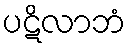
ပဋိလာဘံ